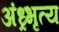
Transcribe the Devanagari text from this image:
अंध्र्भृत्य